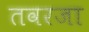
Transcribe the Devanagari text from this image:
तवरजा